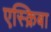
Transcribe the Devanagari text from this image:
एस्क्रिबा